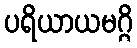
ပရိယာယမဂ္ဂိ